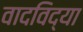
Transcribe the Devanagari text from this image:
वादविद्या